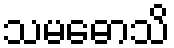
သမဓောသိ